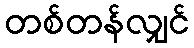
တစ်တန်လျှင်